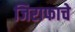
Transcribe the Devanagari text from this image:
जिराफाचे